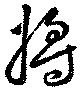
将